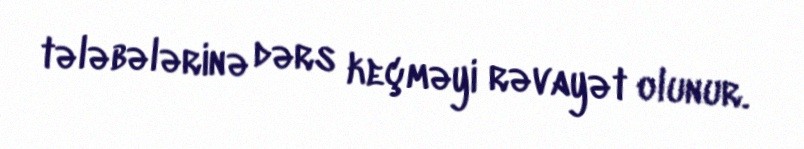
tələbələrinə dərs keçməyi rəvayət olunur.